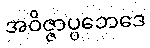
အဝိဇ္ဇာပ္ပဘေဒေ